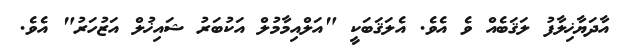
އާދަޔާޚިލާފު ލަޤަބެއް ވެ އެވެ. އެލަޤަބަކީ "އަލްއިމާމުލް އަކުބަރު ޝައިޚުލް އަޒުހަރު" އެވެ.